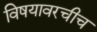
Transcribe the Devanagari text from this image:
विषयावरचीच